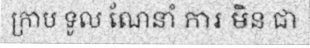
ក្រាប ទូល ណែនាំ ការ មិន ជា